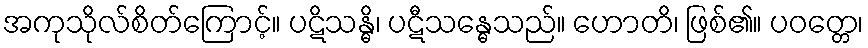
အကုသိုလ်စိတ်ကြောင့်။ ပဋိသန္ဓိ၊ ပဋီသန္ဓေသည်။ ဟောတိ၊ ဖြစ်၏။ ပဝတ္တေ၊